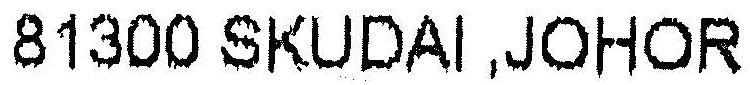
81300 SKUDAI ,JOHOR